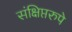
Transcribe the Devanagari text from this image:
संक्षिप्तरुपे